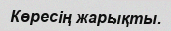
Көресің жарықты.